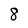
Character: 8